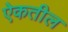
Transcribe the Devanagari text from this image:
ऐकतील